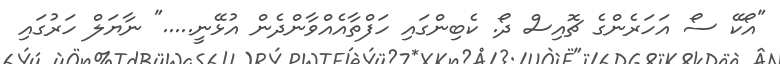
"އޯކޭ ސޯ އަހަރެންގެ ޗޮއިސް ދޯ. ކެބިންގައި ހަފްތާއެއްވާންދެން އުޅޭނީ....." ނާޔަލް ހަރުގައި